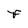
Character: F